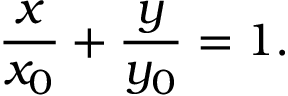
{ \frac { x } { x _ { 0 } } } + { \frac { y } { y _ { 0 } } } = 1 .